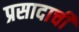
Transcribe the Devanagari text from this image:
प्रसादाची